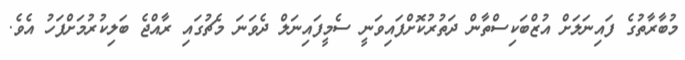
މުބާރާތުގެ ފައިނަލަށް އުޒްބަކިސްތާން ދަތުރުކޮށްފައިވަނީ ސެމީފައިނަލް ދެވަނަ މެޗުގައި ރާއްޖެ ބަލިކުރުމަށްފަހު އެވެ.